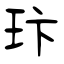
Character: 玣